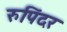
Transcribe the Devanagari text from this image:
रुपिंदर